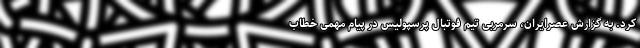
کرد. به گزارش عصرایران، سرمربی تیم فوتبال پرسپولیس در پیام مهمی خطاب